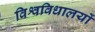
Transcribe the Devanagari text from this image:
विश्वविधालयों